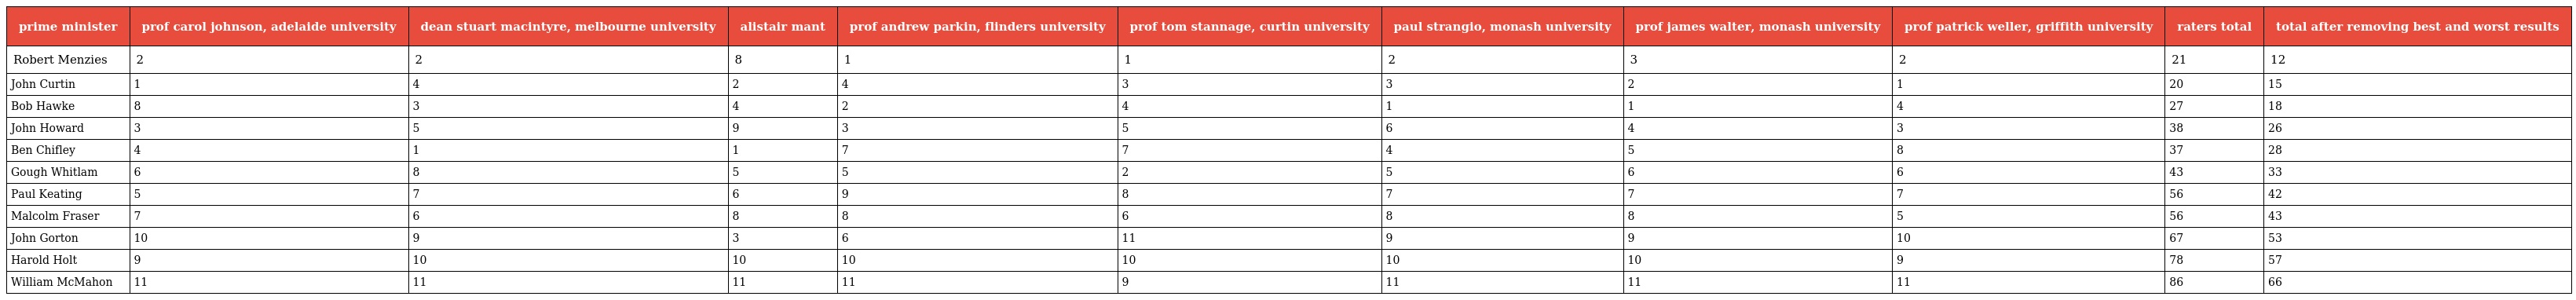
| prime minister | prof carol johnson, adelaide university | dean stuart macintyre, melbourne university | alistair mant | prof andrew parkin, flinders university | prof tom stannage, curtin university | paul strangio, monash university | prof james walter, monash university | prof patrick weller, griffith university | raters total | total after removing best and worst results |
 | --- | --- | --- | --- | --- | --- | --- | --- | --- | --- | --- |
 | Robert Menzies | 2 | 2 | 8 | 1 | 1 | 2 | 3 | 2 | 21 | 12 |
 | John Curtin | 1 | 4 | 2 | 4 | 3 | 3 | 2 | 1 | 20 | 15 |
 | Bob Hawke | 8 | 3 | 4 | 2 | 4 | 1 | 1 | 4 | 27 | 18 |
 | John Howard | 3 | 5 | 9 | 3 | 5 | 6 | 4 | 3 | 38 | 26 |
 | Ben Chifley | 4 | 1 | 1 | 7 | 7 | 4 | 5 | 8 | 37 | 28 |
 | Gough Whitlam | 6 | 8 | 5 | 5 | 2 | 5 | 6 | 6 | 43 | 33 |
 | Paul Keating | 5 | 7 | 6 | 9 | 8 | 7 | 7 | 7 | 56 | 42 |
 | Malcolm Fraser | 7 | 6 | 8 | 8 | 6 | 8 | 8 | 5 | 56 | 43 |
 | John Gorton | 10 | 9 | 3 | 6 | 11 | 9 | 9 | 10 | 67 | 53 |
 | Harold Holt | 9 | 10 | 10 | 10 | 10 | 10 | 10 | 9 | 78 | 57 |
 | William McMahon | 11 | 11 | 11 | 11 | 9 | 11 | 11 | 11 | 86 | 66 |